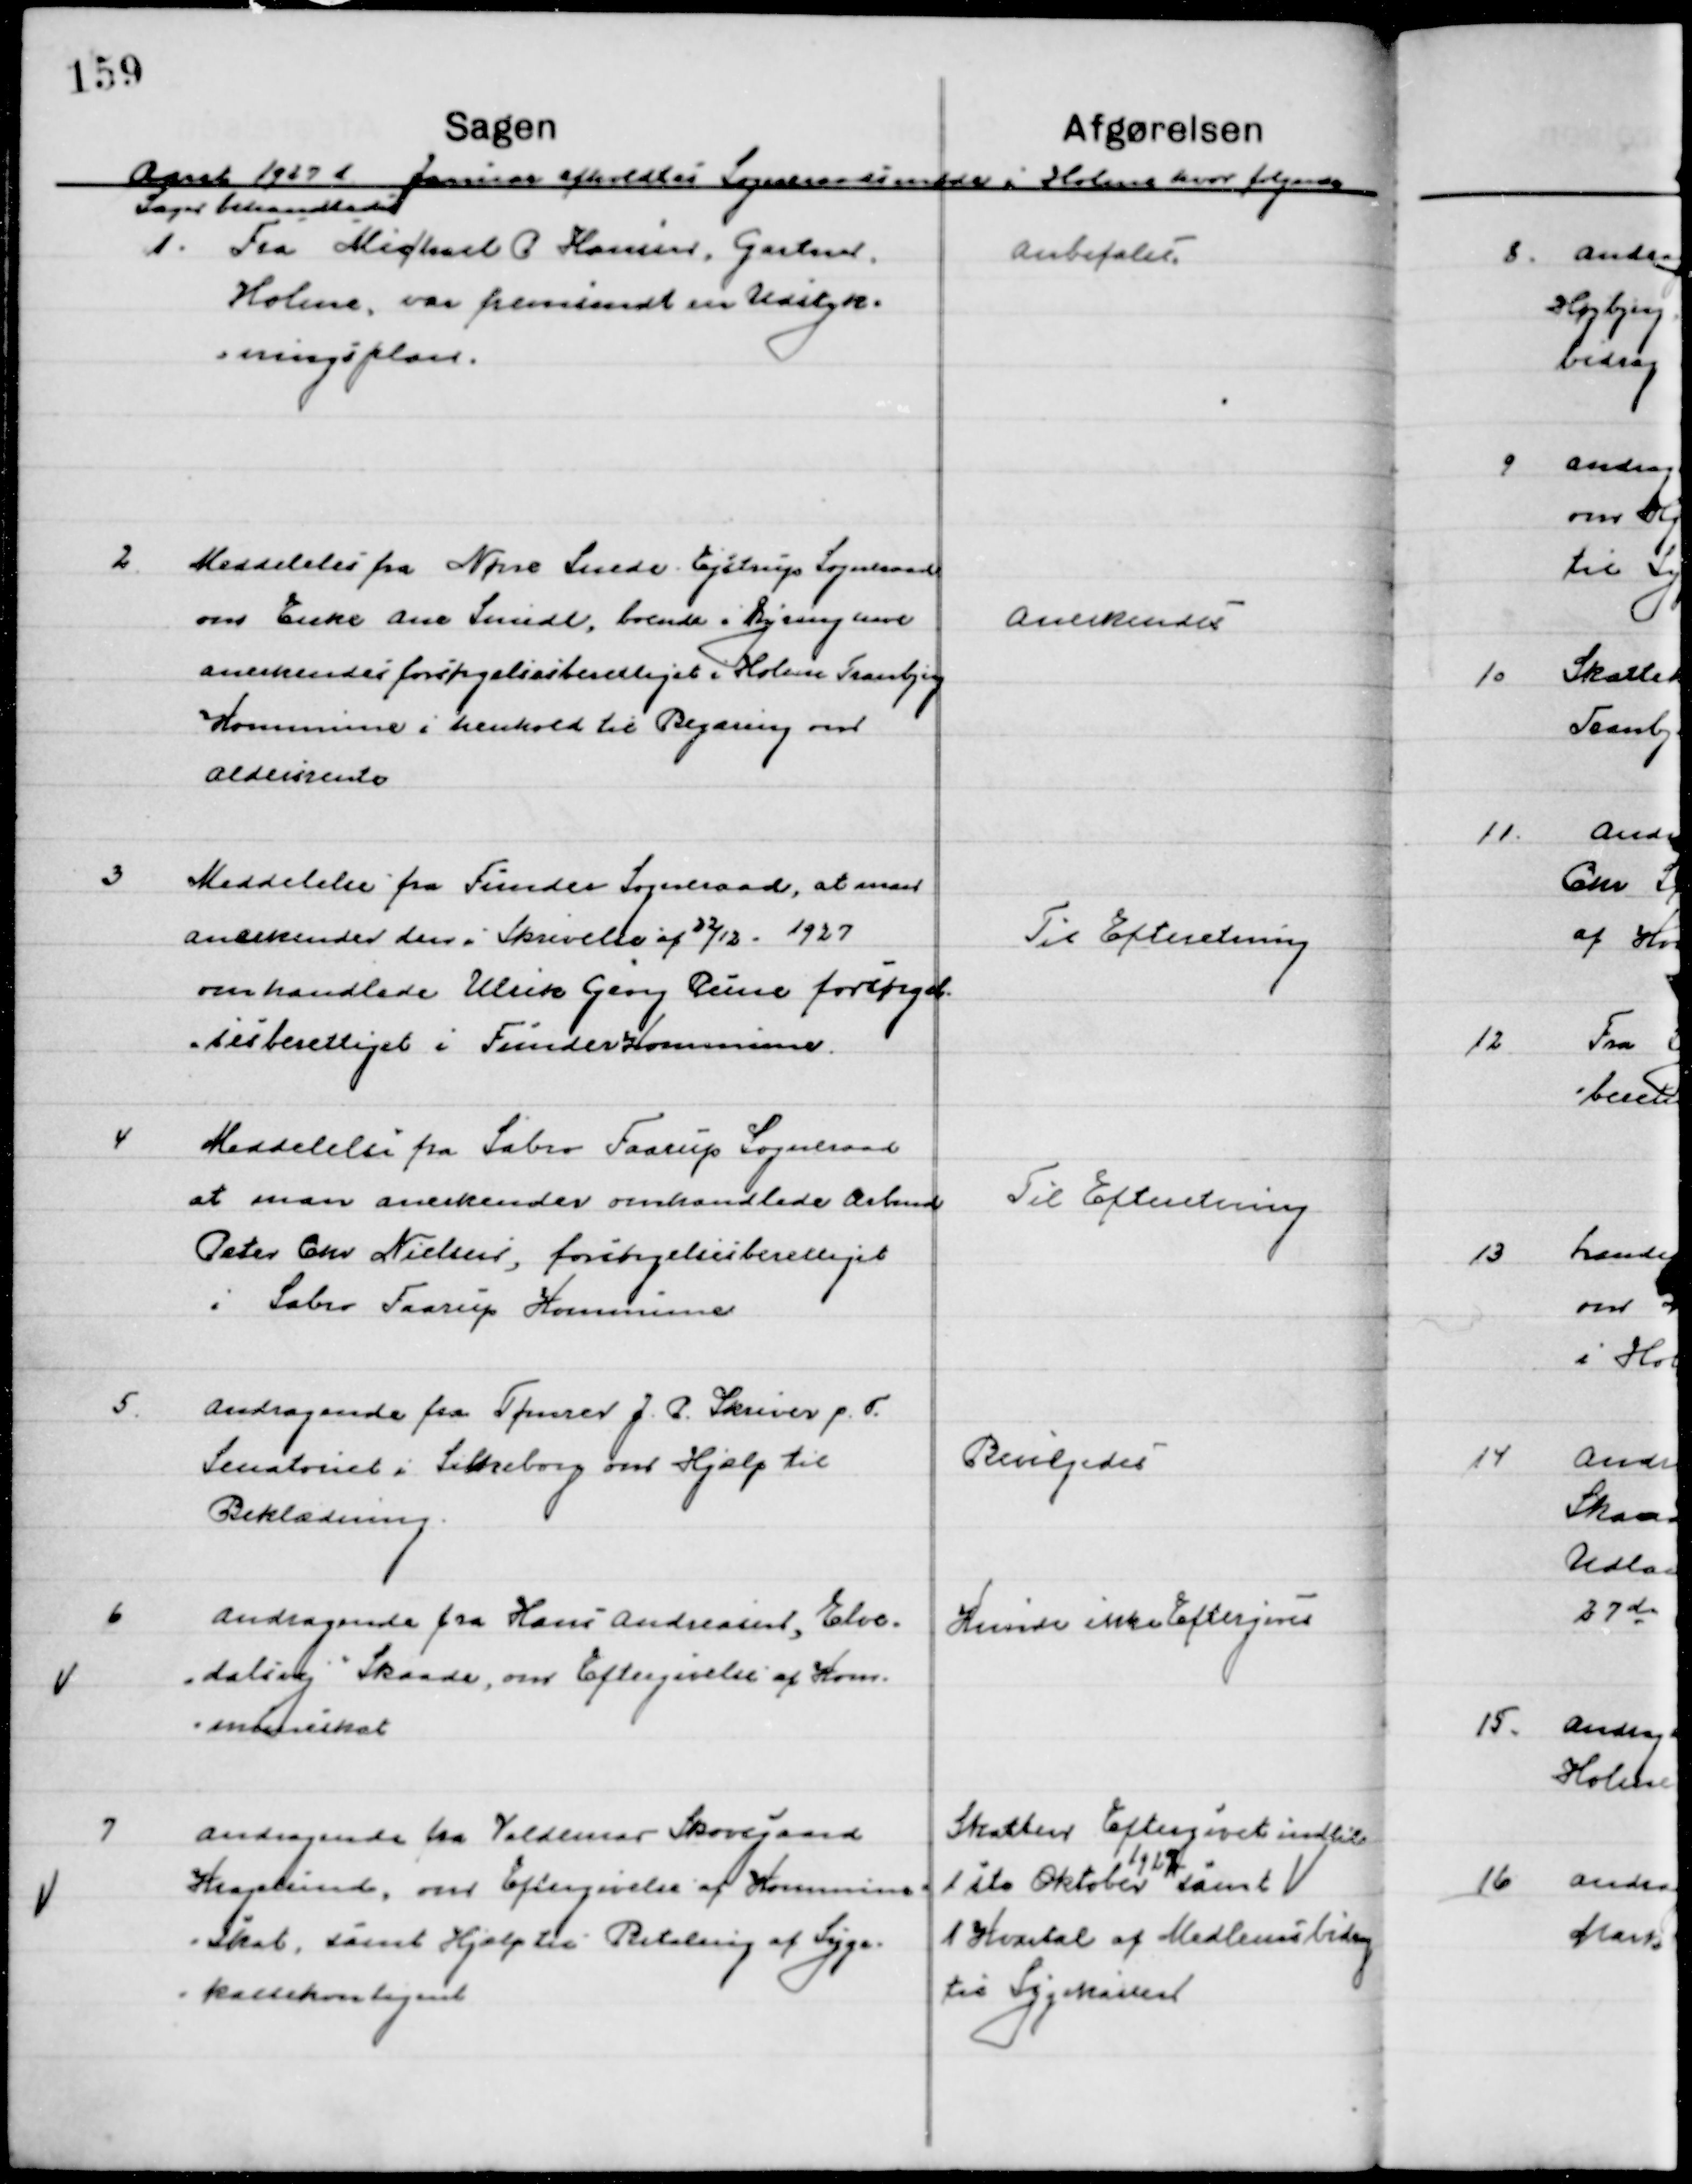
Transskription:
Aaret 1927 d. Januar afholdt Sogneraadsmøde i Holme hvor følgende 
Sager behandledes.

1

Fra Michael C. Hansen, Gartner
Holme, om fremsendt en Udstyk-
ningsplan.

Anbefales

2

Meddelelse fra Nørre Snede Ejstrup Sogneraad
om Enke Ane Smidt, boende i Dyringhave
anerkendes forsørgelsesberettiget i Holme Tranbjerg
Kommune i henhold til begæring om
Aldersrente

Anerkendes

3

Meddelelse fra Funder Sogneraad, at man 
anerkender den i skrivelse af 22/12 - 1927
omhandlende Ulrik Georg Rune forsørgel-
sesberettiget i Funder Kommune.

Til Efterretning

4

Meddelelse fra Sabro Faarup Sogneraad 
at man anerkender Omhandlende Arbmd.
Peter Chr. Nielsen, forsørgelsesberettiget
i Sabro Faarup Kommune.

Til Efterretning

5

Andragende fra Tømrer J. P. Skiver p. T.
Sanatoriet i Silkeborg om Hjælp til 
Beklædning.

Bevilgedes

6

Andragende fra Hans Andersen, Elve-
dalsvej, Skaade, om Eftergivelse af Kom-
muneskat.

Kunde ikke Eftergives

7

Andragende fra Valdemar Skovgaard
Hvalpsund, om Eftergivelse af Kommune-
Skat, samt Hjælp til Betaling af Syge-
kassekontingent.

Skatten eftergives indtil
1ste Oktober 
1927 
samt
1 Kvartal af Medlemsbidrag
til Sygekassen